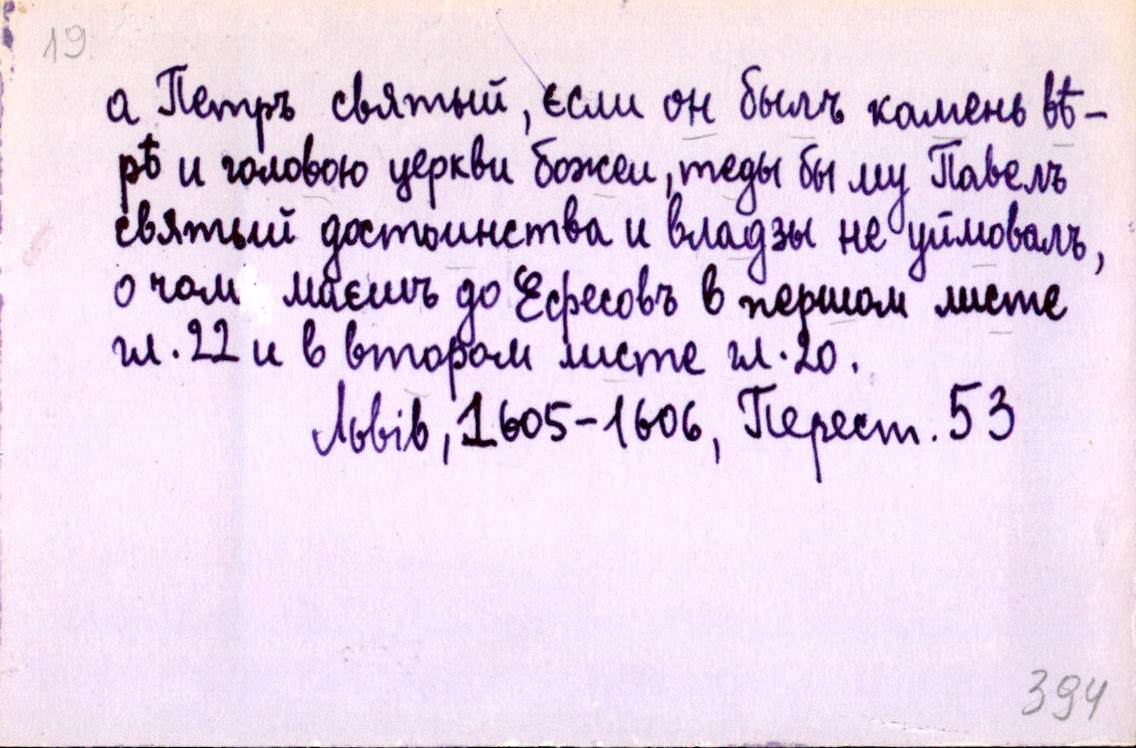
а Петръ святый, єсли он былъ камень вѣ-
ры и головою церкви божєи, теды бы му Павелъ
святый достоинства и владзы не уймовалъ,
о чом маєшъ до Ефєсовъ в першом листе
гл. 22 и в втором листе гл. 20.
Львів, 1605-1606, Перест. 53